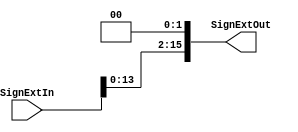
/****************************************************************************************
*****************************************************************************************
Name: 
	shifting
	
Description: 
	

Subject:
	Microprocessors Design - ITESO

Author:
	Cesar Carlos Robles Martinez 

Date:
	14/04/2019
*****************************************************************************************
*****************************************************************************************/

module shifting

#(
parameter WORD_LENGTH = 16
)

(
	input [WORD_LENGTH -1 : 0] SignExtIn,
	
	output [WORD_LENGTH -1 : 0] SignExtOut
);

reg [WORD_LENGTH -1 : 0] SignExtIn_reg;


assign SignExtOut = SignExtIn << 2;

endmodule